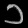
Digit: ၁